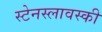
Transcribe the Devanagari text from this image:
स्टेनस्लावस्की